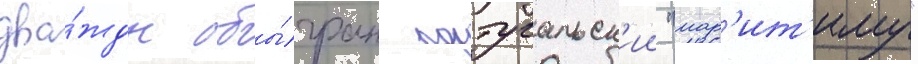
два́жды обы́гран португальск'ии "мар'ит'иму"